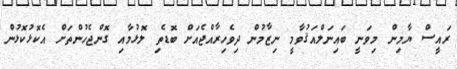
ރައީސް ޔާމިން މިވަނީ ބައިނަލްއަޤުވާމީ ނިޒާމުން ދިވެހިރާއްޖެއަށް ބޮޑެތި ލޮޅުމާއި ގޮންޖެހުންތަށް އެކޮޅުކޮޅުން